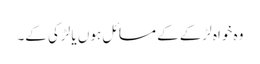
وہ خواہ لڑکے کے مسائل ہوں یا لڑکی کے۔